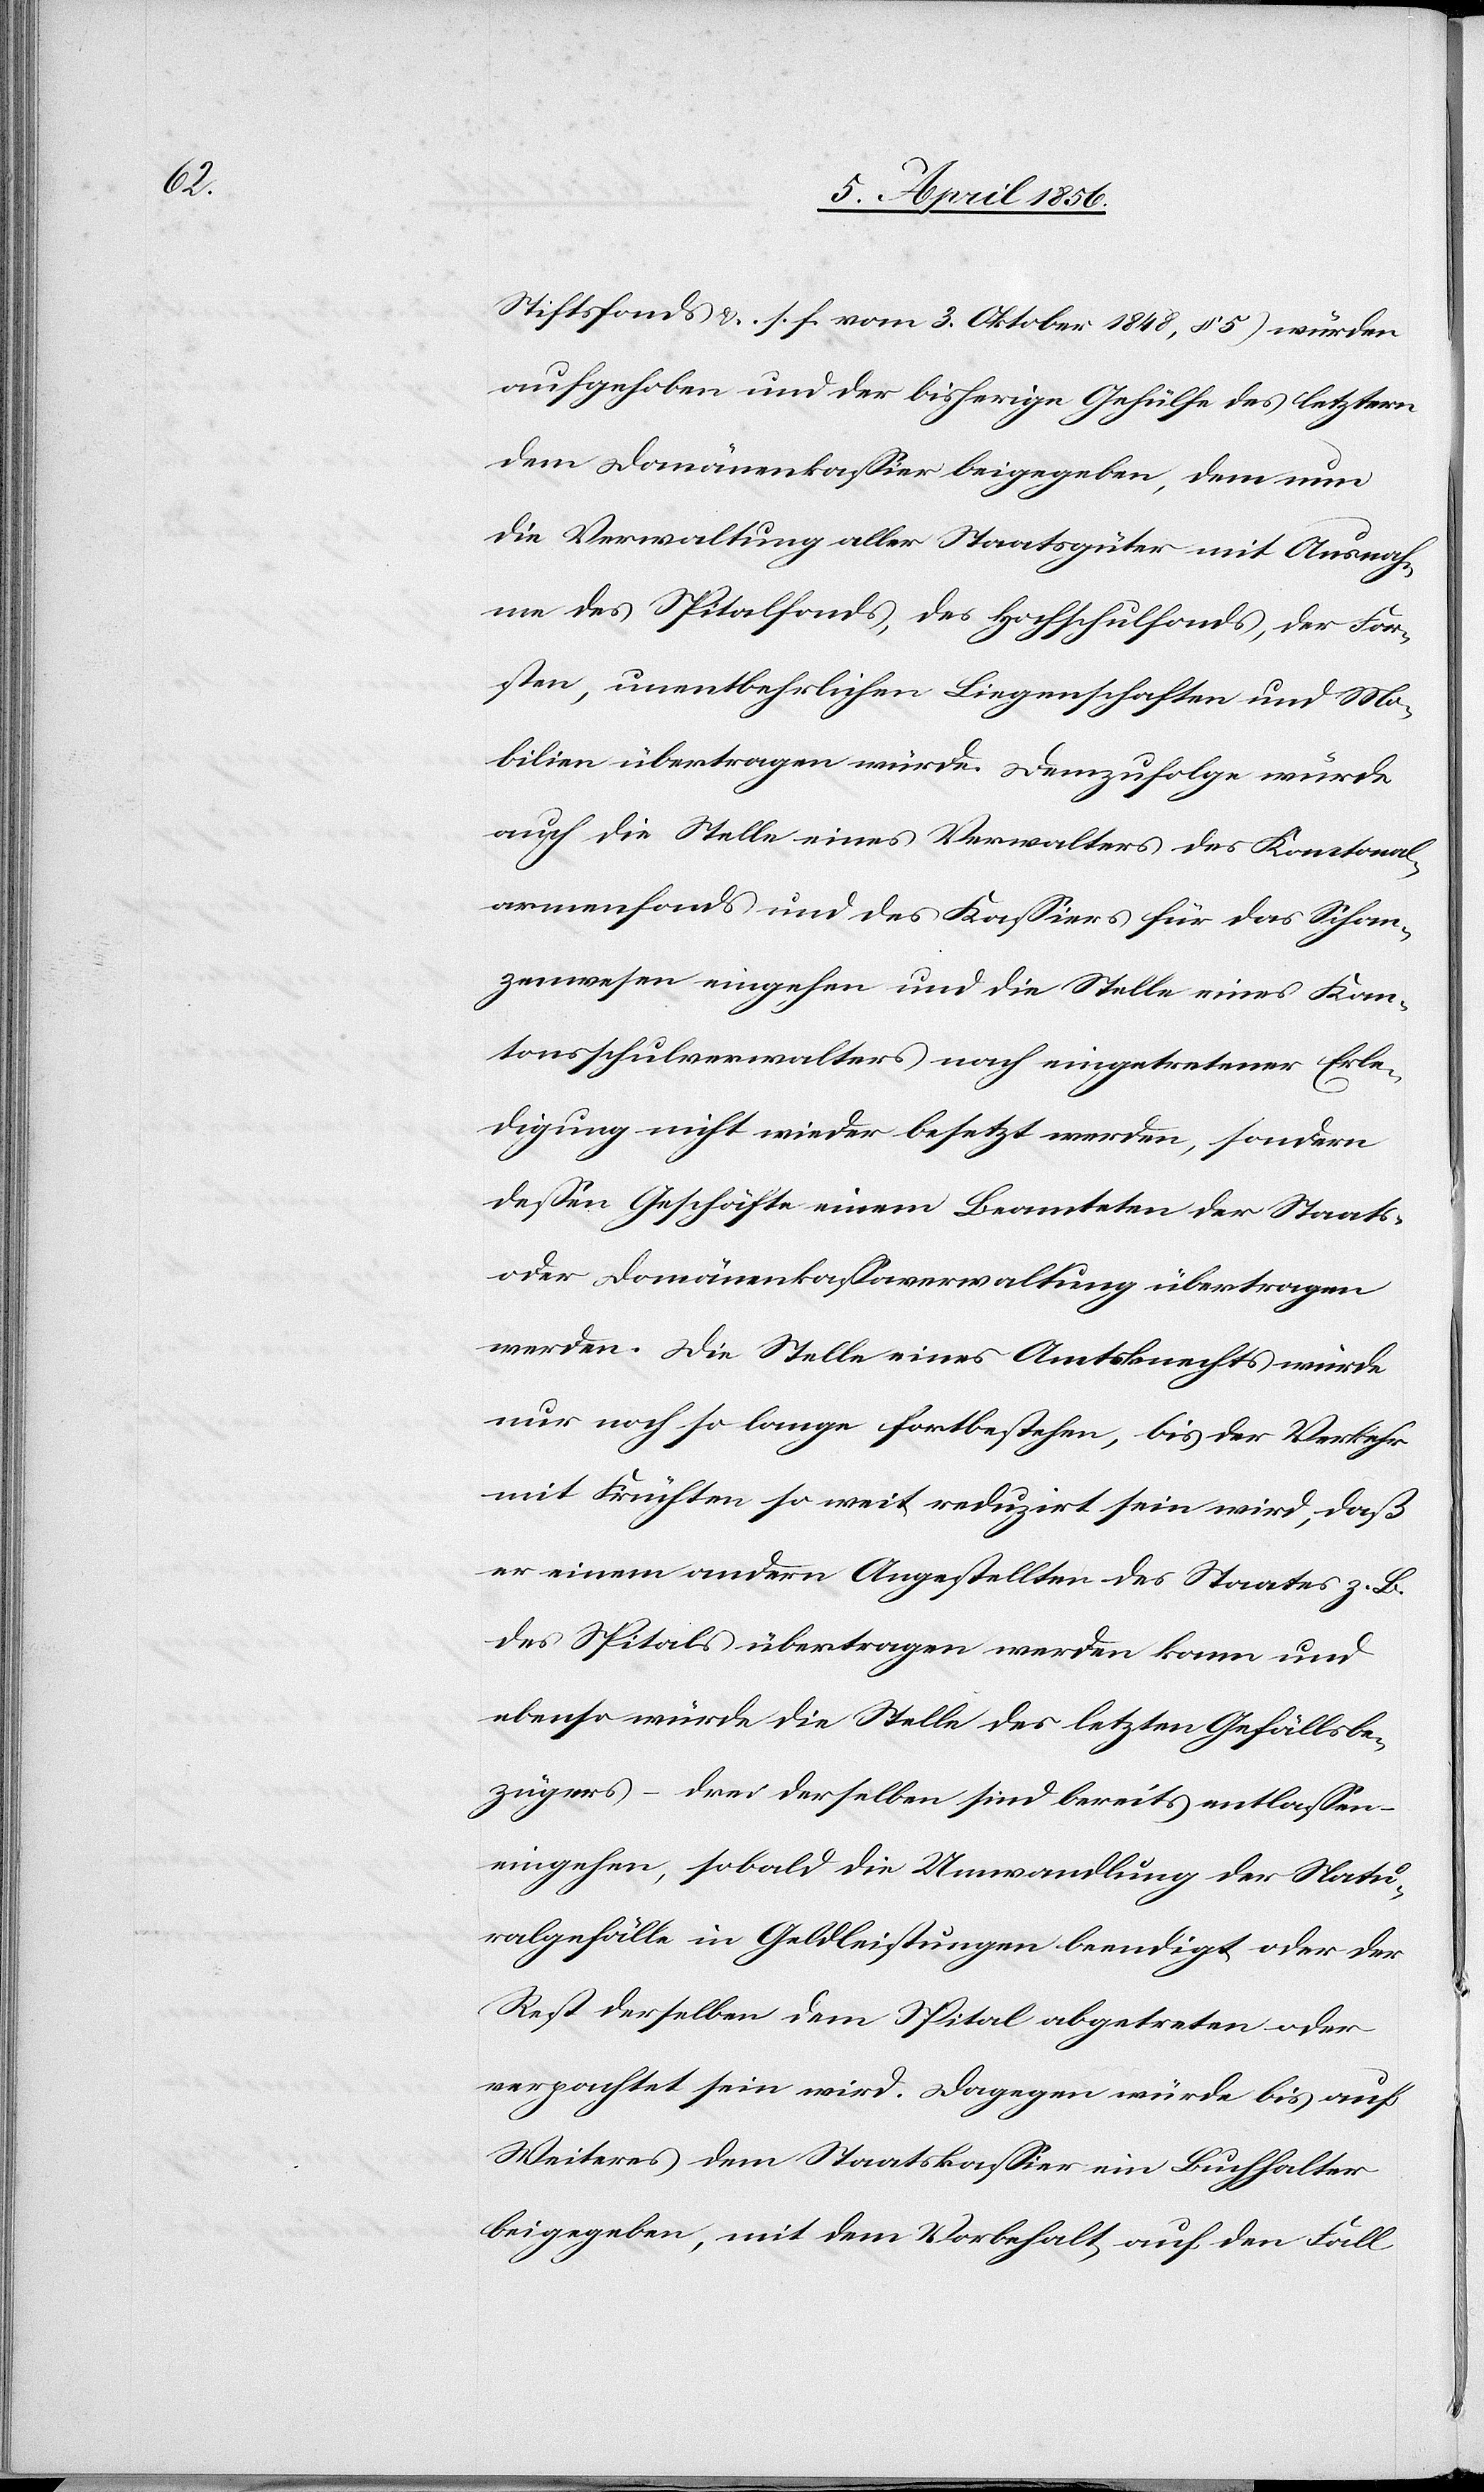
Stiftsfonds &. s. f. vom 3. Oktober 1848, § 5) würden
aufgehoben und der bisherige Gehülfe des letztern
dem Domänenkassier beigegeben, dem nun
die Verwaltung aller Staatsgüter mit Ausnah¬
me des Spitalfonds, des Hochschulfonds, der For¬
sten, unentbehrlichen Liegenschaften und Mo¬
bilien übertragen würde. Demzufolge würde
auch die Stelle eines Verwalters des Kantonal¬
armenfonds und des Kassiers für das Schan¬
zwesen eingehen und die Stelle eines Kan¬
tonsschulverwalters nach eingetretener Erle¬
digung nicht wieder besetzt werden, sondern
dessen Geschäfte einem Beamteten der Staats-
oder Domänenkassaverwaltung übertragen
werden. Die Stelle eines Amtsknechts würde
nur noch so lange fortbestehen, bis der Verkehr
mit Früchten so weit reduzirt sein wird, daß
er einem andern Angestellten des Staates z. B.
des Spitals übertragen werden kann und
ebenso würde die Stelle des letzten Gefällsbe¬
zügers – drei derselben sind bereits entlassen
eingehen, sobald die Umwandlung der Natu¬
ralgefälle in Geldleistungen beendigt oder der
Rest derselben dem Spital abgetreten oder
verpachtet sein wird. Dagegen würde bis auf
Weiteres dem Staatskassier ein Buchhalter
beigegeben, mit dem Vorbehalt, auf den Fall